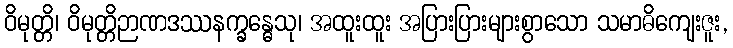
ဝိမုတ္တိ၊ ဝိမုတ္တိဉာဏဒဿနက္ခန္ဓေသု၊ အထူးထူး အပြားပြားများစွာသော သမာဓိကျေးဇူး,